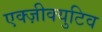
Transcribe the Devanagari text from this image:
एक्ज़ीक्युटिव